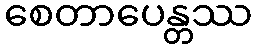
စေတာပေန္တဿ